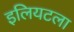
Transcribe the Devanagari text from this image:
इलियटला